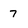
Character: 7